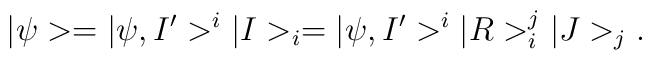
|\psi> = |\psi,I'>^{i}|I>_{i} = |\psi,I'>^{i}|R>^{j}_{i}|J>_{j}.